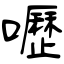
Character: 嚦